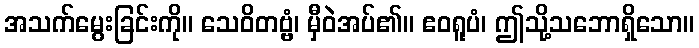
အသက်မွေးခြင်းကို။ သေဝိတဗ္ဗံ၊ မှီဝဲအပ်၏။ ဧဝရူပံ၊ ဤသို့သဘောရှိသော။